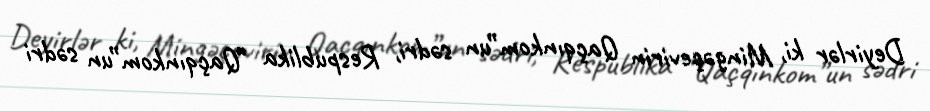
Deyirlər ki, Mingəçevirin Qaçqınkom”un sədri, Respublika “Qaçqınkom”un sədri